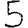
Digit: 5